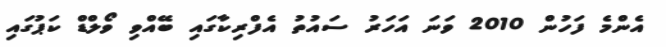
އެންމެ ފަހުން 2010 ވަނަ އަހަރު ސައުތު އެފްރިކާގައި ބޭއްވި ވޯލްޑް ކަޕުގައި